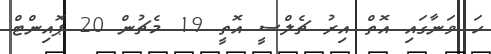
ހަ ވަނާގައި އޮތް އިރު ޗެލްސީ އޮތީ 19 މެޗުން 20 ޕޮއިންޓް